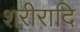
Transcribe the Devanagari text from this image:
शरीरादि